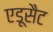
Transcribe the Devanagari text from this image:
एडूसैट